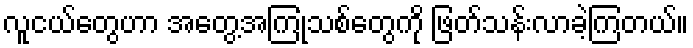
လူငယ်တွေဟာ အတွေ့အကြုံသစ်တွေကို ဖြတ်သန်းလာခဲ့ကြတယ်။